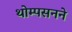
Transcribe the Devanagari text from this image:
थोम्पसनने